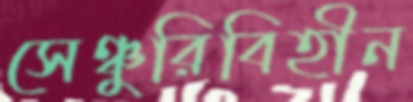
সেঞ্চুরিবিহীন